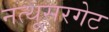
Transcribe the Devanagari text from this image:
नत्थूसरगेट